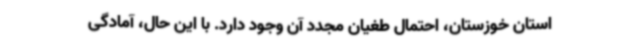
استان خوزستان، احتمال طغیان مجدد آن وجود دارد. با این حال، آمادگی